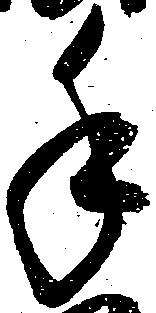
手